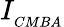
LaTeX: I_{{}_{CMBA}}